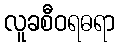
လူခစီဝရဓရာ